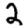
Digit: 2